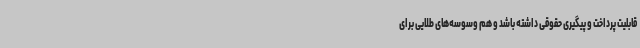
قابلیت پرداخت و پیگیری حقوقی داشته باشد و هم وسوسه‌های طلایی برای